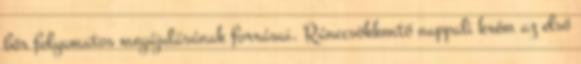
bőr folyamatos megújulásának forrásai. Ránccsökkentő nappali krém az első